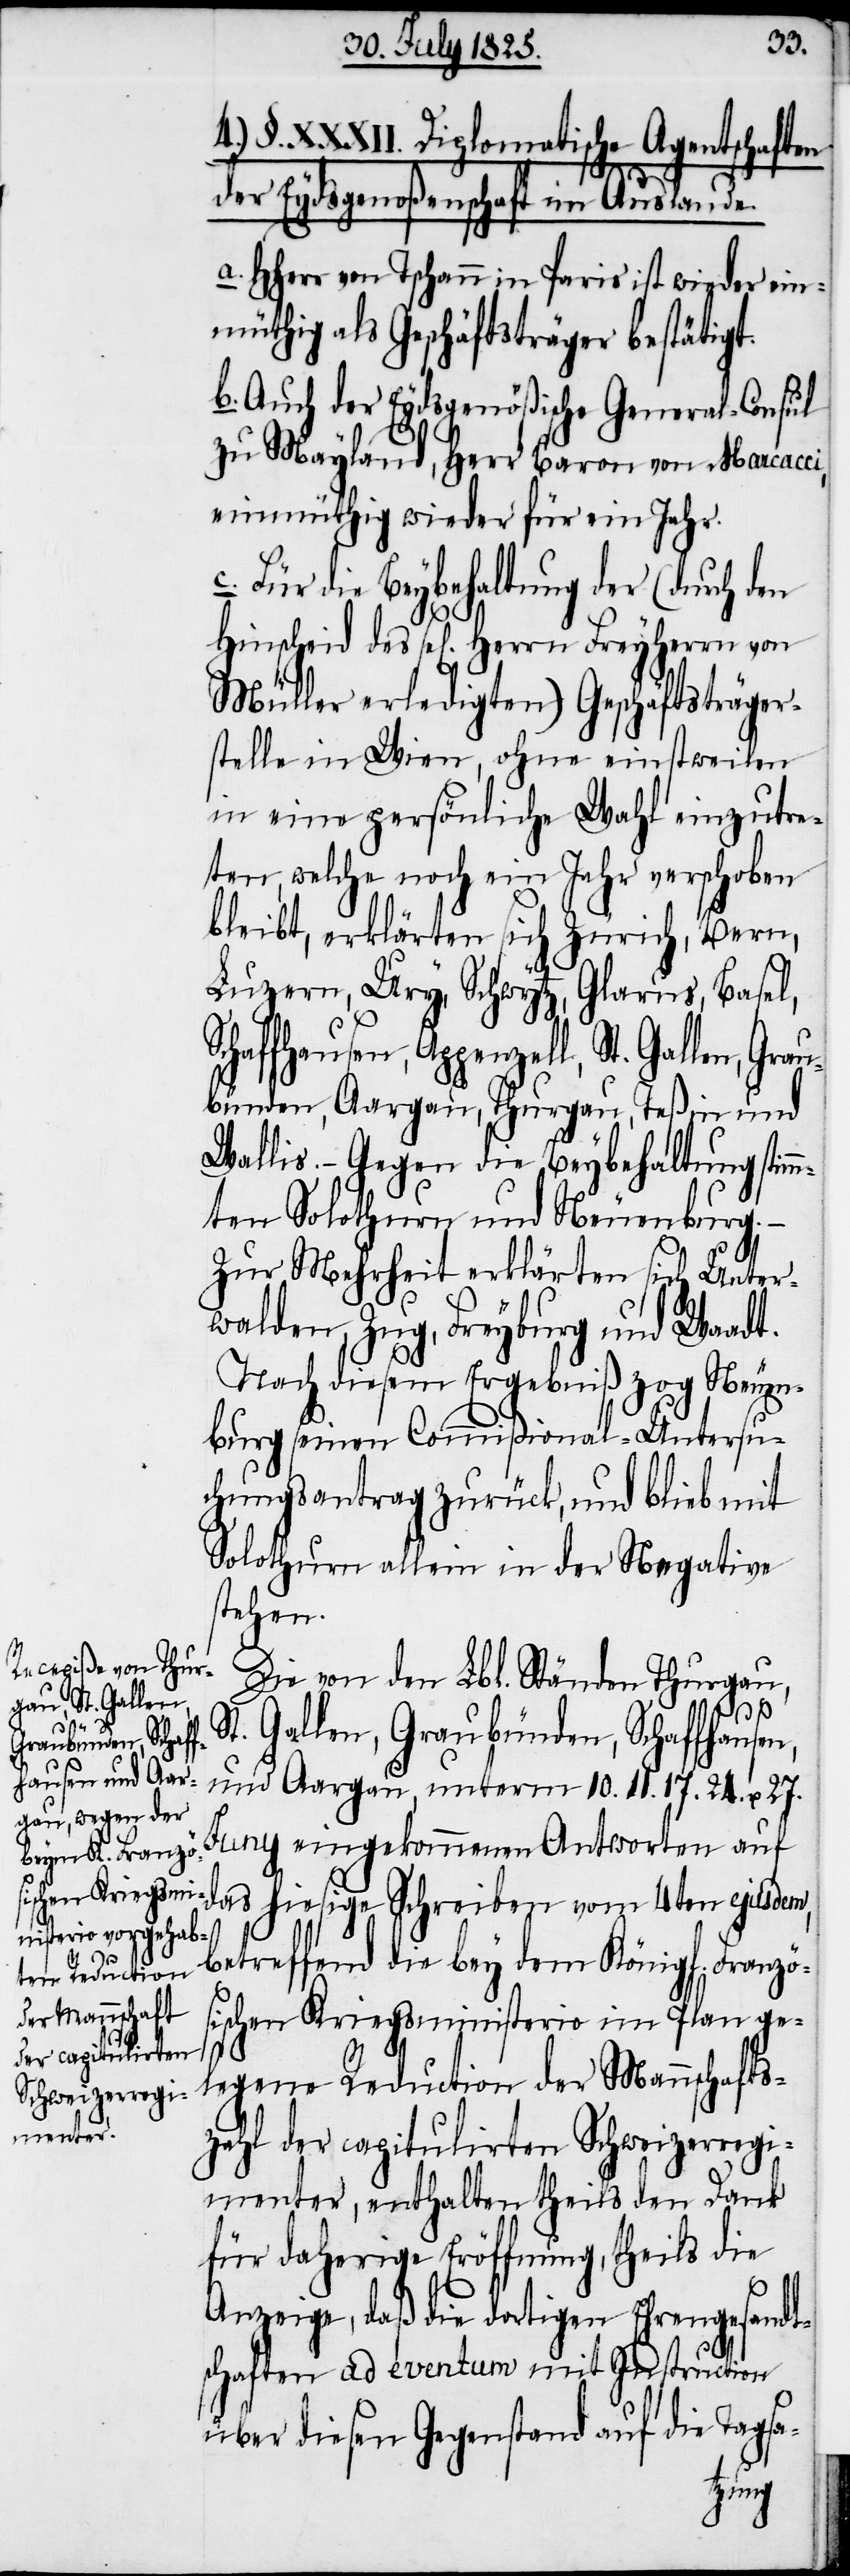
4.) §. XXXII. Diplomatische Agentschaften
Grau¬
der Eydsgenoßenschaft im Auslande.
a. HHerr von Tschann in Paris ist wider ein¬
müthig als Geschäftsträger bestätigt.
b. Auch der Eydsgenößische General-Consul
zu Mayland, Herr Baron von Naracci,
einmüthig wieder für ein Jahr.
c. Für die Beybehaltung der (durch den
Müller erledigten) Geschäftsträger¬
stelle in Wien, ohne einstweilen
in eine persönliche Wahl einzutre¬
ten, welche noch ein Jahr verschoben
bleibt, erklärten sich Zürich, Bern,
Luzern, Ury, Schwytz, Glarus, Basel,
bünden, Aargau, Thurgau, Teßin und
Wallis. Gegen die Beybehaltung stim¬
mten Solothurn und Neuenburg.
Zur Mehrheit erklärten sich Unter¬
walden, Zug, Freyburg und Waadt.
Nach diesem Ergebniß zog Neuen¬
burg seinen Commißional-Untersu¬
chungsantrag zurück, und blieb mit
Solothurn allein in der Negative
stehen.
Die von den Lbl. Ständen Thurgau,
St. Gallen, Graubünden, Schaffhausen,
und Aargau, unterm 10. 11. 17. 24. u. 27.
Juny eingekommenen Antworten auf
das hiesige Schreiben vom 4ten ejus¬
dem, betreffend die bey dem König f. französ¬
ischen Kriegsministerio im Plan ge¬
legenen Reduction der Mannschafts¬
zahl der capitulirten Schweizerregi¬
menter, enthalten theils den Dank
für daherige Eröffnung, theils die
Anzeige, daß die dortigen Ehrengesandt¬
schaften ad eventum mit Instruction
über diesen Gegenstand auf die Tagsa-